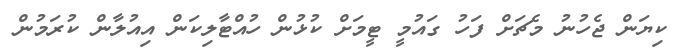
ކިޔަން ޖެހުނު މެޗަށް ފަހު ގައުމީ ޓީމަށް ކުޅުން ހުއްޓާލިކަން އިއުލާން ކުރަމުން